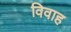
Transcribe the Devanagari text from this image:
विवाह